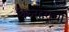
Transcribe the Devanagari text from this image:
विघ्नहराचा